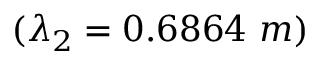
( \lambda _ { 2 } = 0 . 6 8 6 4 ~ m )